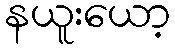
နယူးယော့